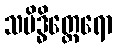
သမိဒ္ဓိတ္ထေရော